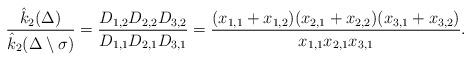
LaTeX: \begin{align*}\dfrac{\hat{k}_2{(\Delta)}}{\hat{k}_2(\Delta\setminus\sigma)}= \dfrac{D_{1,2}D_{2,2}D_{3,2}}{D_{1,1}D_{2,1}D_{3,1}}=\dfrac{(x_{1,1}+x_{1,2})(x_{2,1}+x_{2,2})(x_{3,1}+x_{3,2})}{x_{1,1}x_{2,1}x_{3,1}}.\end{align*}